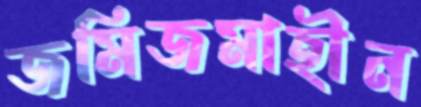
জমিজমাহীন